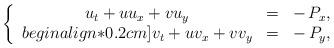
LaTeX: \begin{align*}\left\{\begin{array}{ccc}u_t + uu_x+vu_y &=& -\,P_x,\\begin{align*}0.2cm]v_t + uv_x+vv_y &=& -\,P_y,\end{array}\right.\end{align*}